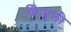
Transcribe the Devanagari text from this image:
बिजुली